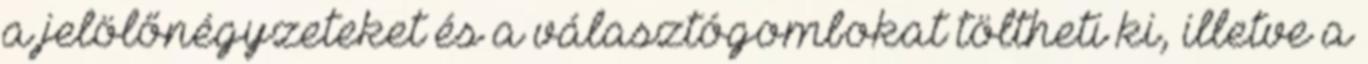
a jelölőnégyzeteket és a választógombokat töltheti ki, illetve a